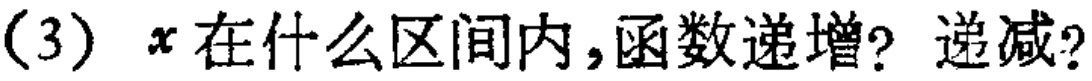
(3) \(x\)在什么区间内，函数递增？递减？